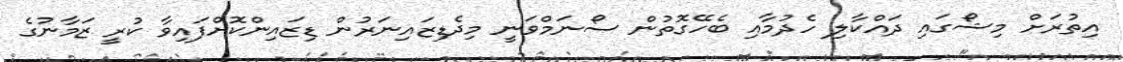
އިތުރަށް މިޝޯގައި ދައްކާލި ހެދުމާއި ބެހޭގޮތުން ސޯނަމްވަނީ މިދެޑިޒައިނަރުން ޑިޒައިންކޮށްފައިވާ ކުރީ ޒަމާނުގެ